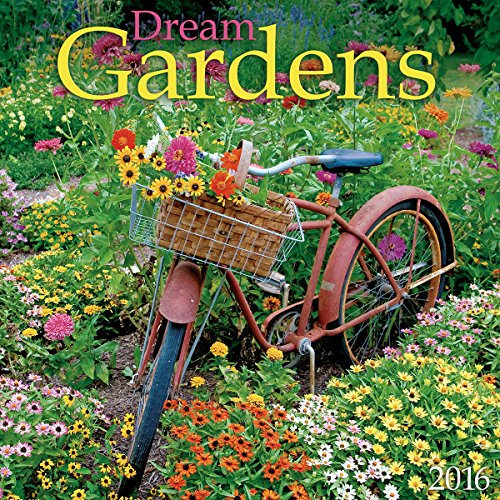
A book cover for Dream Gardens 2016 Wall Calendar; Zebra Publishing; Calendars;